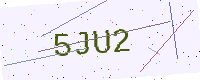
Text: 5JU2